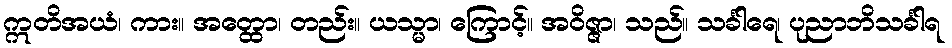
ဣတိအယံ၊ ကား။ အတ္ထော၊ တည်း။ ယသ္မာ၊ ကြောင့်။ အဝိဇ္ဇာ၊ သည်။ သင်္ခါရေ၊ ပုညာဘိသင်္ခါရ